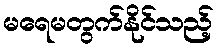
မရေမတွက်နိုင်သည့်